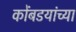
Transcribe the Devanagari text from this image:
कोंबडयांच्या